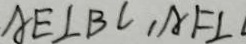
A E \bot B C , A F \bot